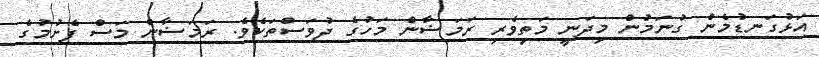
އަޅުގަނޑުމެން ގުނަމުން މިދަނީ މަތިވެރި ރަމަޟާން މަހުގެ ދުވަސްތަކެވެ. ރަމަޟާން މަސް ފެށުމުގެ